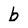
Character: b